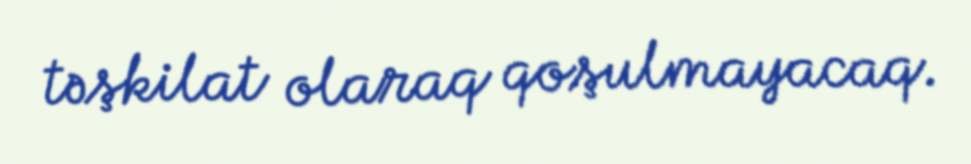
təşkilat olaraq qoşulmayacaq.